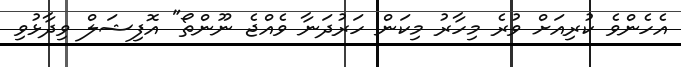
އެހެންވެ ކުރިއަށް ވުރެ މިހާރު މިކަން ހަރުދަނާ ވެއްޖެ ނޫންތޯ" އޮފިޝަލް ވިދާޅުވި